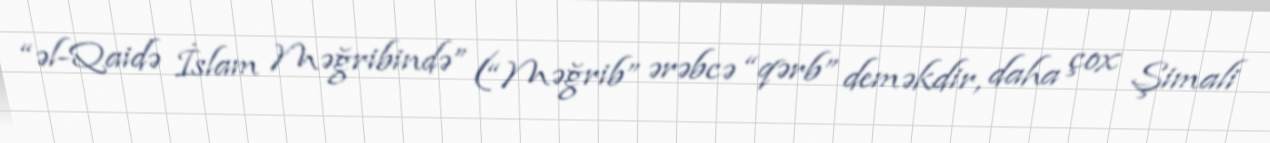
“əl-Qaidə İslam Məğribində” (“Məğrib” ərəbcə “qərb” deməkdir, daha çox Şimali